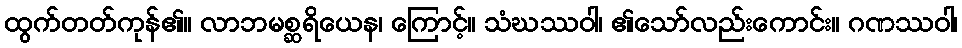
ထွက်တတ်ကုန်၏။ လာဘမစ္ဆရိယေန၊ ကြောင့်။ သံဃဿဝါ၊ ၏သော်လည်းကောင်း။ ဂဏဿဝါ၊